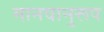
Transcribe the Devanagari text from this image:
मानवानुरूप